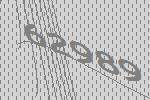
62989